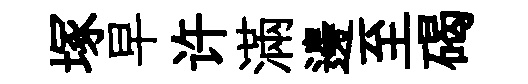
塚早许滿邊至碣